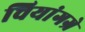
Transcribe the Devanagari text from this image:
चियांगग्रे